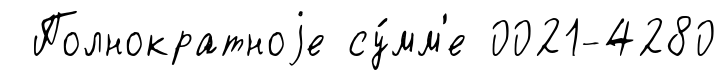
Полнократноjе су́мм'е 0021-4280